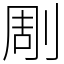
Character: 㓮